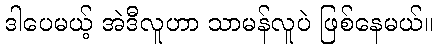
ဒါပေမယ့် အဲဒီလူဟာ သာမန်လူပဲ ဖြစ်နေမယ်။